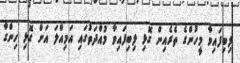
ލިބިފައިވާ މީހުންގެ ތެރެއިން ގޮޅި ލިބިފައިވާ މުއްދަތުގައި އަމިއްލަ އަށް ގޮޅި ހިންގާ